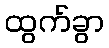
ထွက်ခွာ